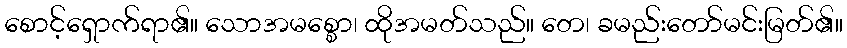
စောင့်ရှောက်ရာ၏။ သောအမစ္စော၊ ထိုအမတ်သည်။ တေ၊ ခမည်းတော်မင်းမြတ်၏။